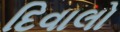
દિવાલો